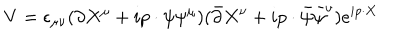
V = \epsilon _ { \mu \nu } ( \partial X ^ { \mu } + i p \cdot \psi \psi ^ { \mu } ) ( \bar { \partial } X ^ { \nu } + i p \cdot \bar { \psi } \bar { \psi } ^ { \nu } ) e ^ { i p \cdot X }